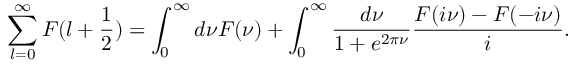
\sum _ { l = 0 } ^ { \infty } F ( l + \frac 1 2 ) = \int _ { 0 } ^ { \infty } d \nu F ( \nu ) + \int _ { 0 } ^ { \infty } \frac { d \nu } { 1 + e ^ { 2 \pi \nu } } \frac { F ( i \nu ) - F ( - i \nu ) } { i } .